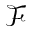
\mathcal { F }